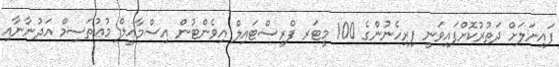
ފައިނަލަށް ދަތުރުކޮށްފައިވަނީ ފިރިހެނުންގެ 100 މީޓަރ ފްރީސްޓައިލް އިވެންޓުން އިސްމާޢީލް މުޢުތަސިމް އަދުނާނާއި